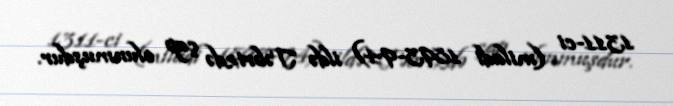
1311-ci (miladi 1893-94) ildə Təbrizdə çap olunmuşdur.